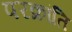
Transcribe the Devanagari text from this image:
परक्रांति